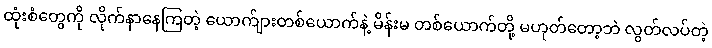
ထုံးစံတွေကို လိုက်နာနေကြတဲ့ ယောက်ျားတစ်ယောက်နဲ့ မိန်းမ တစ်ယောက်တို့ မဟုတ်တော့ဘဲ လွတ်လပ်တဲ့